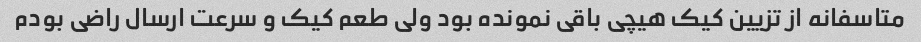
متاسفانه از تزیین کیک هیچی باقی نمونده بود ولی طعم کیک و سرعت ارسال راضی بودم